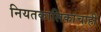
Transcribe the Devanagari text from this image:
नियतकालिकांचाही